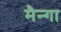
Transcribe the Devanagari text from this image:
मैन्गा